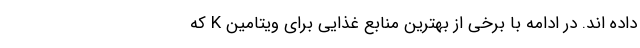
داده اند. در ادامه با برخی از بهترین منابع غذایی برای ویتامین K که